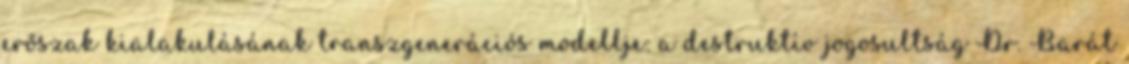
erőszak kialakulásának transzgenerációs modellje: a destruktív jogosultság Dr. Barát